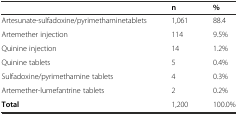
<table><thead><tr><td></td><td><b>n</b></td><td><b>%</b></td></tr></thead><tbody><tr><td>Artesunate-sulfadoxine/pyrimethaminetablets</td><td>1,061</td><td>88.4</td></tr><tr><td>Artemether injection</td><td>114</td><td>9.5%</td></tr><tr><td>Quinine injection</td><td>14</td><td>1.2%</td></tr><tr><td>Quinine tablets</td><td>5</td><td>0.4%</td></tr><tr><td>Sulfadoxine/pyrimethamine tablets</td><td>4</td><td>0.3%</td></tr><tr><td>Artemether-lumefantrine tablets</td><td>2</td><td>0.2%</td></tr><tr><td><b>Total</b></td><td>1,200</td><td>100.0%</td></tr></tbody></table>